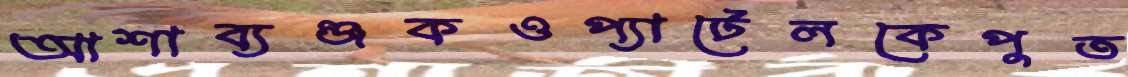
আশাব্যঞ্জকওপ্যাটেলকেপুত